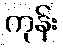
ကုန်း